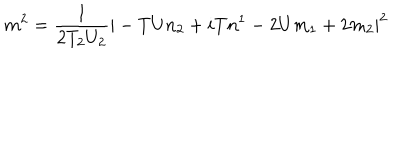
m ^ { 2 } = \frac { 1 } { 2 T _ { 2 } U _ { 2 } } | - T U n _ { 2 } + i T n ^ { 1 } - 2 U m _ { 1 } + 2 m _ { 2 } | ^ { 2 }